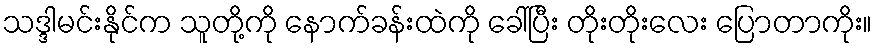
သဒ္ဒါမင်းနိုင်က သူတို့ကို နောက်ခန်းထဲကို ခေါ်ပြီး တိုးတိုးလေး ပြောတာကိုး။